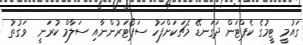
ގައުމީ ޓީމުގެ ކެޕްޓަން ދަގަނޑޭ މެޗަކަށްފަހު ސަޕޯޓަރުންނާއި ސަލާމް ކުރަނީ  ވަގުތު